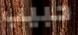
حبيب